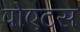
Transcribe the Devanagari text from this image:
पोएटस